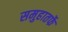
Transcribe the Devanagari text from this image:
समुहातर्फे